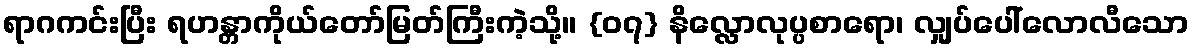
ရာဂကင်းပြီး ရဟန္တာကိုယ်တော်မြတ်ကြီးကဲ့သို့။ {၀၇} နိလ္လောလုပ္ပစာရော၊ လျှပ်ပေါ်လောလီသော